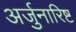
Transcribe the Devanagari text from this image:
अर्जुनारिष्ट